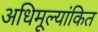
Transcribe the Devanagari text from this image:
अधिमूल्यांकित